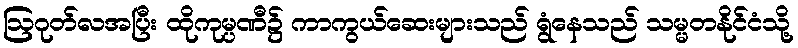
ဩဂုတ်လအပြီး ထိုကုမ္ပဏီ၌ ကာကွယ်ဆေးများသည် ရွံနေသည် သမ္မတနိုင်ငံသို့